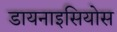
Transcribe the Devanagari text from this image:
डायनाइसियोस